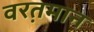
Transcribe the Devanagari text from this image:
वरत़़मान